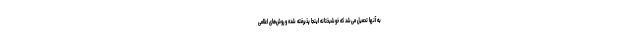
به آنها تحمیل می‌شد که خوشبختانه اینجا پذیرفته شده و روش‌های اعلامی